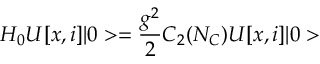
H _ { 0 } U [ x , i ] \vert 0 > = { \frac { g ^ { 2 } } { 2 } } C _ { 2 } ( { \cal N } _ { C } ) U [ x , i ] \vert 0 >